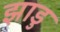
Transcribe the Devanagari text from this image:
झाडु